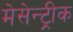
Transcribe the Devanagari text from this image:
मेसेन्ट्रीक